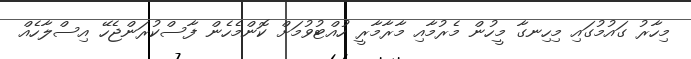
މިހާރު ގައުމުގައި މިހިނގާ މީހުން މެރުމާއި މާރާމާރީ ހުއްޓުވުމަށް ކޮންމެހެން ފާސްކުރަންޖެހޭ އިސްލާހެއް